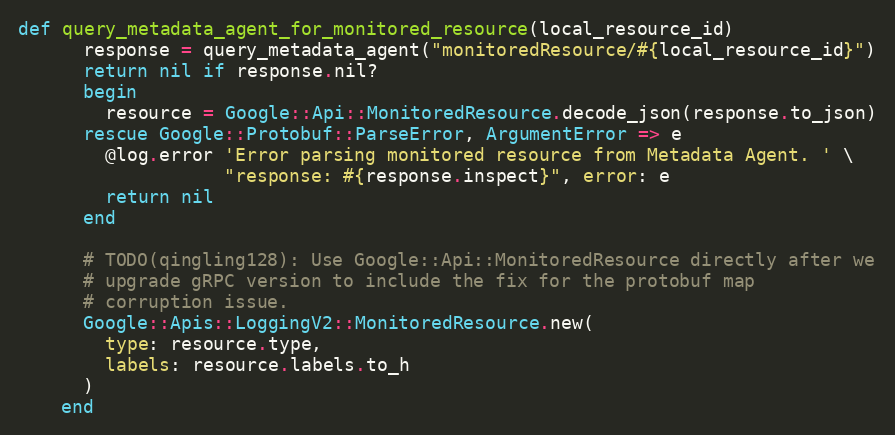
Language: Ruby
def query_metadata_agent_for_monitored_resource(local_resource_id)
      response = query_metadata_agent("monitoredResource/#{local_resource_id}")
      return nil if response.nil?
      begin
        resource = Google::Api::MonitoredResource.decode_json(response.to_json)
      rescue Google::Protobuf::ParseError, ArgumentError => e
        @log.error 'Error parsing monitored resource from Metadata Agent. ' \
                   "response: #{response.inspect}", error: e
        return nil
      end

      # TODO(qingling128): Use Google::Api::MonitoredResource directly after we
      # upgrade gRPC version to include the fix for the protobuf map
      # corruption issue.
      Google::Apis::LoggingV2::MonitoredResource.new(
        type: resource.type,
        labels: resource.labels.to_h
      )
    end